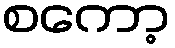
စကော့